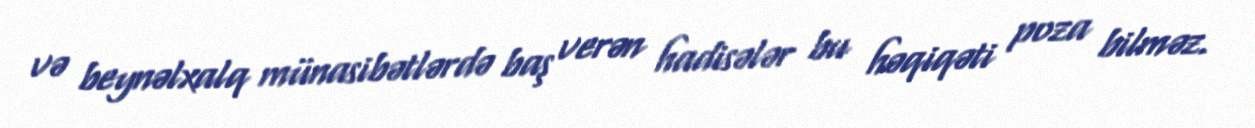
və beynəlxalq münasibətlərdə baş verən hadisələr bu həqiqəti poza bilməz.